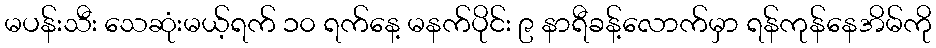
မပန်းသီး သေဆုံးမယ့်ရက် ၁၀ ရက်နေ့ မနက်ပိုင်း ၉ နာရီခန့်လောက်မှာ ရန်ကုန်နေအိမ်ကို